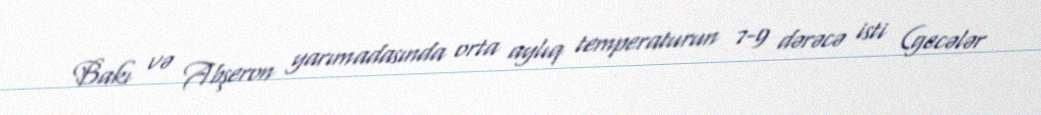
Bakı və Abşeron yarımadasında orta aylıq temperaturun 7-9 dərəcə isti (gecələr